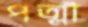
পত্মী